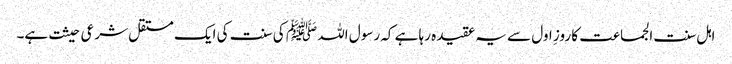
اہل سنت الجماعت کا روزِ اول سے یہ عقیدہ رہا ہے کہ رسول اللہ ﷺ کی سنت کی ایک مستقل شرعی حیثت ہے۔